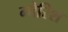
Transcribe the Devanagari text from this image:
मोरिश